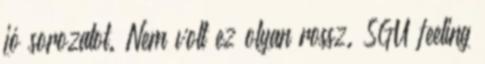
jó sorozatot. Nem volt ez olyan rossz. SGU feeling